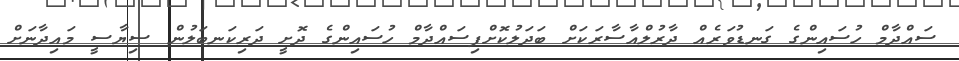
ސައްދާމް ހުސައިންގެ ގަނޑުވަރެއް ދާރުލްއާސާރަކަށް ބަދަލުކޮށްފިސައްދާމް ހުސައިންގެ ދޮށީ ދަރިކަނބަލުން ސިޔާސީ މައިދާނަށް